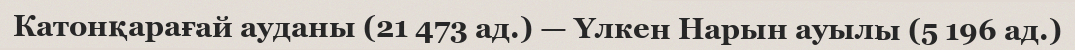
Катонқарағай ауданы (21 473 ад.) — Үлкен Нарын ауылы (5 196 ад.)